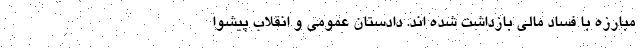
مبارزه با فساد مالی بازداشت شده اند. دادستان عمومی و انقلاب پیشوا